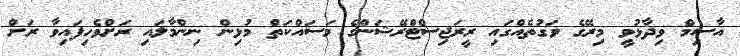
އާސިމް ވިދާޅުވީ މިރޭގެ ވަގުތެއްގައި ރީރަޖިސްޓްރޭޝަންގެ މަސައްކަތް މުޅިން ނިންމާލައި ރަށްވެހިފައިވާ ރަށް